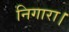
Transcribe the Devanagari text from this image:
निगारा।